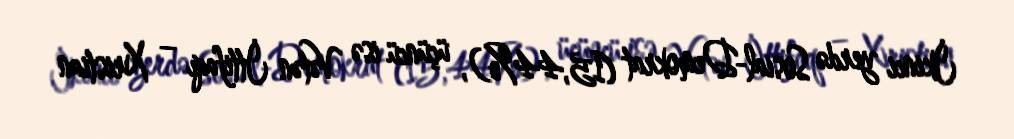
İkinci yerdə Sosial-Demokrat (15,44%), üçüncü isə Vətən İttifaqı – Xristian